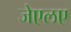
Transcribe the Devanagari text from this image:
जेएलए